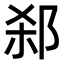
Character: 𬩻